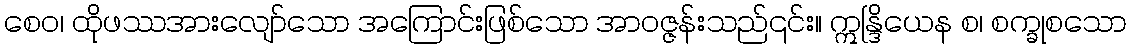
စေဝ၊ ထိုဖဿအားလျော်သော အကြောင်းဖြစ်သော အာဝဇ္ဇန်းသည်၎င်း။ ဣန္ဒြိယေန စ၊ စက္ခုစသော